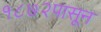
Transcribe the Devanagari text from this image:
१८७२पासून